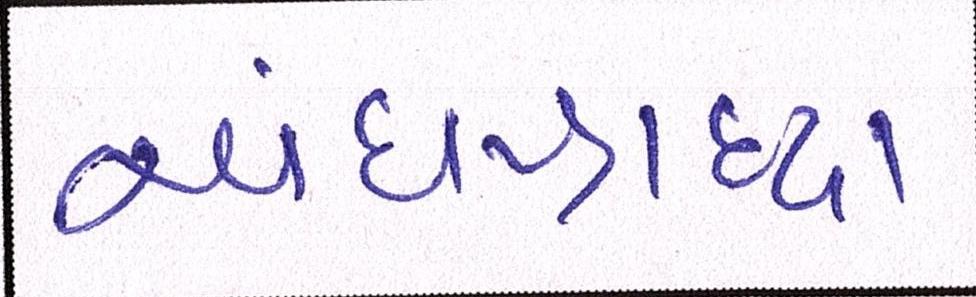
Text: અંધશ્રદ્ધા